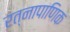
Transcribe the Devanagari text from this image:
रत्‍नापाणिक